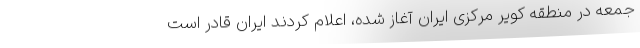
جمعه در منطقه کویر مرکزی ایران آغاز شده، اعلام کردند ایران قادر است